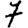
Digit: 7